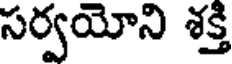
సర్వయోని శక్తి